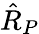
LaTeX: {\hat{R}}_{P}